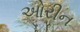
ઓરીન